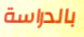
بالدراسة